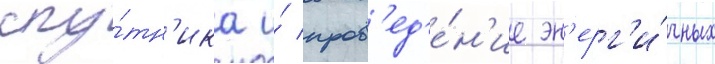
спу́тн'ика и́ пров'ед'е́н'ие эн'ерг'и́чных